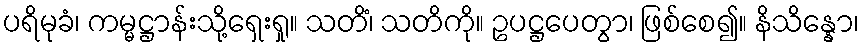
ပရိမုခံ၊ ကမ္မဋ္ဌာန်းသို့ရှေးရှု။ သတိံ၊ သတိကို။ ဥပဋ္ဌပေတွာ၊ ဖြစ်စေ၍။ နိသိန္နော၊